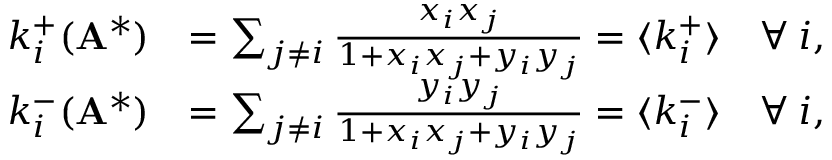
\begin{array} { r l } { k _ { i } ^ { + } ( \mathbf { A } ^ { * } ) } & { = \sum _ { j \neq i } \frac { x _ { i } x _ { j } } { 1 + x _ { i } x _ { j } + y _ { i } y _ { j } } = \langle k _ { i } ^ { + } \rangle \quad \forall \: i , } \\ { k _ { i } ^ { - } ( \mathbf { A } ^ { * } ) } & { = \sum _ { j \neq i } \frac { y _ { i } y _ { j } } { 1 + x _ { i } x _ { j } + y _ { i } y _ { j } } = \langle k _ { i } ^ { - } \rangle \quad \forall \: i , } \end{array}